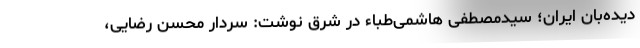
دیده‌بان ایران؛ سیدمصطفی هاشمی‌طباء در شرق نوشت: سردار محسن رضایی،